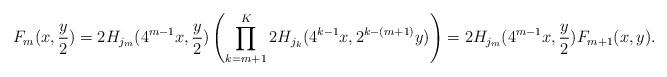
LaTeX: \begin{align*}F_{m}(x, \frac{y}{2}) = 2 H_{j_{m}}( 4^{m-1}x, \dfrac{y}{2}) \left( \prod_{k=m+1}^{K} 2 H_{j_{k}}(4^{k-1}x, 2^{k-(m+1)}y) \right)= 2 H_{j_{m}}( 4^{m-1}x, \dfrac{y}{2}) F_{m+1}(x, y).\end{align*}